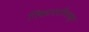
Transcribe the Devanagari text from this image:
निकटवर्तीयाकडुन